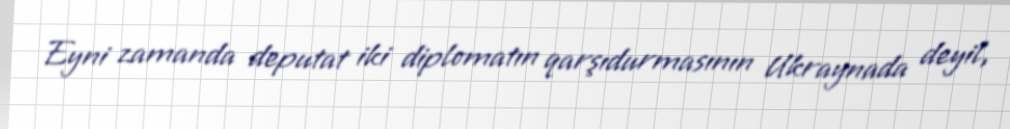
Eyni zamanda deputat iki diplomatın qarşıdurmasının Ukraynada deyil,